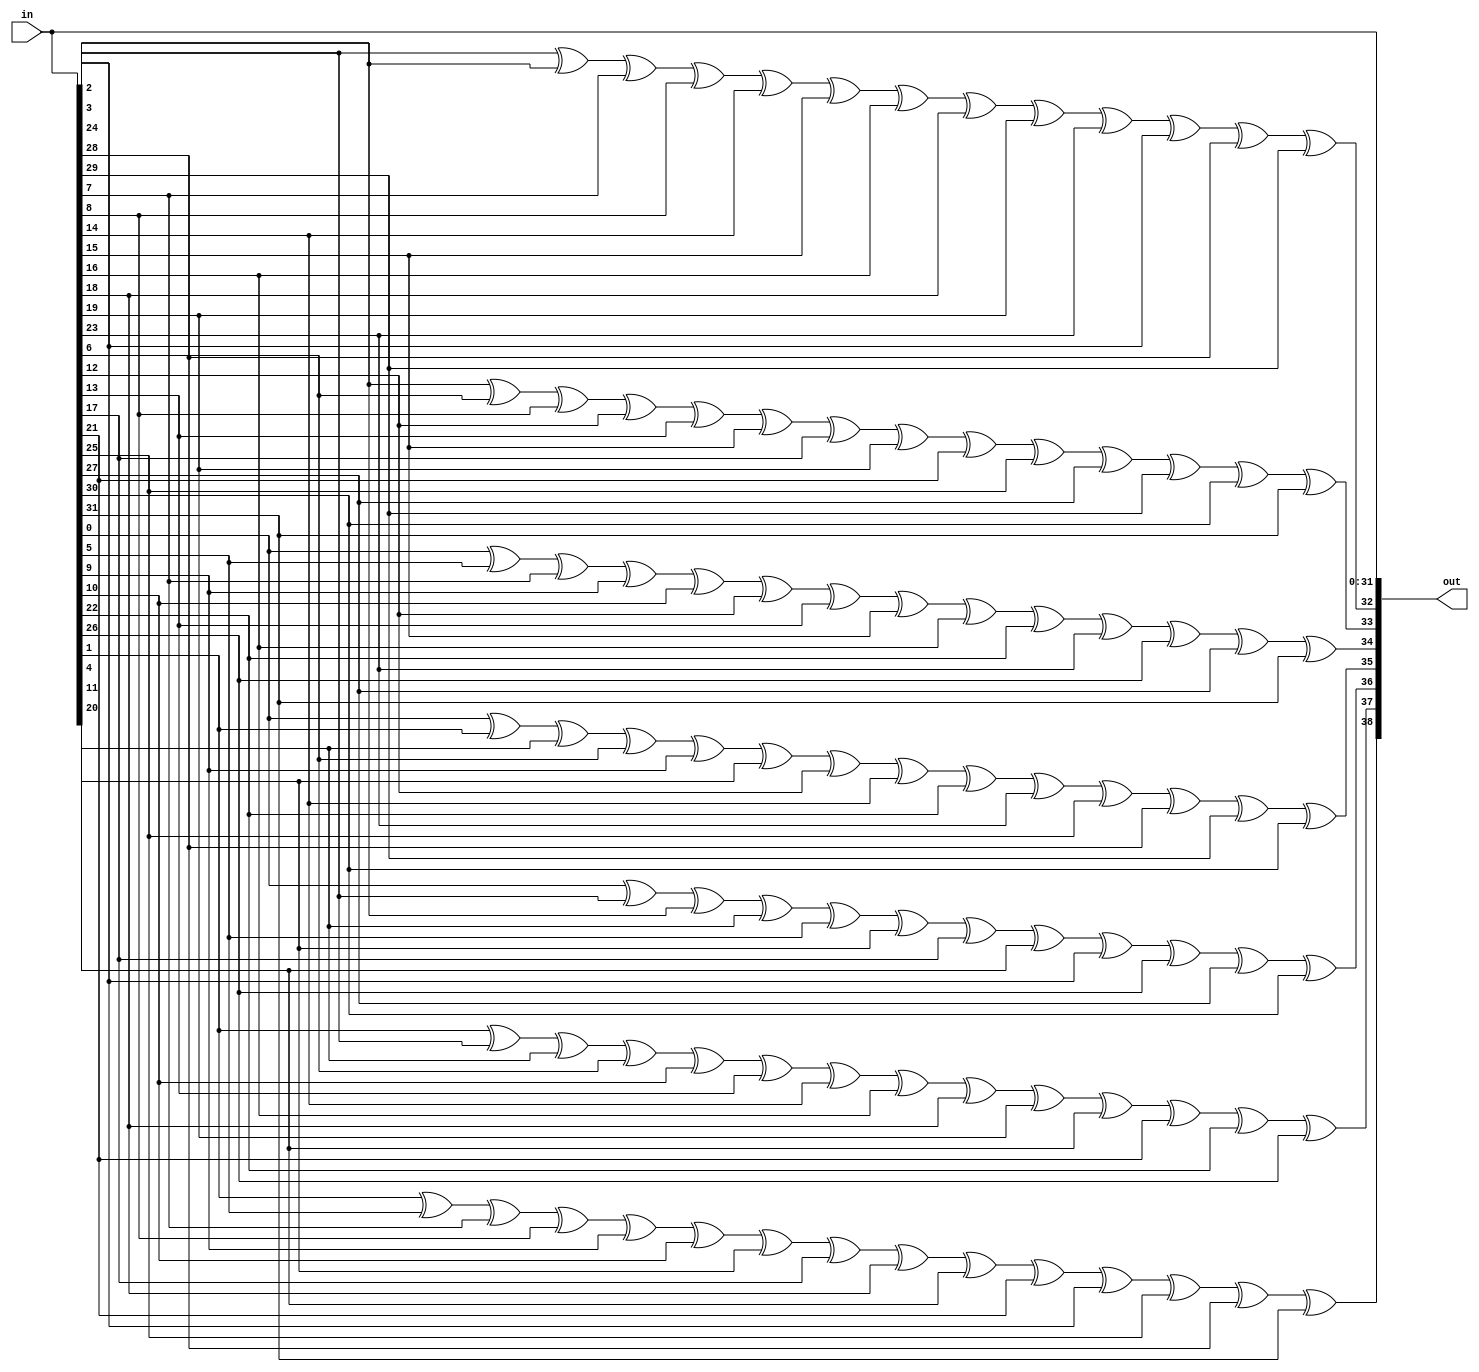
module prim_secded_39_32_enc (
	in,
	out
);
	input [31:0] in;
	output wire [38:0] out;
	assign out[0] = in[0];
	assign out[1] = in[1];
	assign out[2] = in[2];
	assign out[3] = in[3];
	assign out[4] = in[4];
	assign out[5] = in[5];
	assign out[6] = in[6];
	assign out[7] = in[7];
	assign out[8] = in[8];
	assign out[9] = in[9];
	assign out[10] = in[10];
	assign out[11] = in[11];
	assign out[12] = in[12];
	assign out[13] = in[13];
	assign out[14] = in[14];
	assign out[15] = in[15];
	assign out[16] = in[16];
	assign out[17] = in[17];
	assign out[18] = in[18];
	assign out[19] = in[19];
	assign out[20] = in[20];
	assign out[21] = in[21];
	assign out[22] = in[22];
	assign out[23] = in[23];
	assign out[24] = in[24];
	assign out[25] = in[25];
	assign out[26] = in[26];
	assign out[27] = in[27];
	assign out[28] = in[28];
	assign out[29] = in[29];
	assign out[30] = in[30];
	assign out[31] = in[31];
	assign out[32] = (((((((((((in[2] ^ in[3]) ^ in[7]) ^ in[8]) ^ in[14]) ^ in[15]) ^ in[16]) ^ in[18]) ^ in[19]) ^ in[23]) ^ in[24]) ^ in[28]) ^ in[29];
	assign out[33] = ((((((((((((in[3] ^ in[6]) ^ in[8]) ^ in[12]) ^ in[13]) ^ in[15]) ^ in[17]) ^ in[19]) ^ in[21]) ^ in[25]) ^ in[27]) ^ in[29]) ^ in[30]) ^ in[31];
	assign out[34] = ((((((((((((in[0] ^ in[5]) ^ in[7]) ^ in[9]) ^ in[10]) ^ in[12]) ^ in[13]) ^ in[15]) ^ in[16]) ^ in[22]) ^ in[23]) ^ in[26]) ^ in[27]) ^ in[31];
	assign out[35] = ((((((((((((in[0] ^ in[1]) ^ in[4]) ^ in[6]) ^ in[9]) ^ in[11]) ^ in[12]) ^ in[14]) ^ in[22]) ^ in[23]) ^ in[25]) ^ in[28]) ^ in[29]) ^ in[30];
	assign out[36] = ((((((((((in[0] ^ in[2]) ^ in[3]) ^ in[4]) ^ in[5]) ^ in[11]) ^ in[17]) ^ in[20]) ^ in[24]) ^ in[26]) ^ in[27]) ^ in[30];
	assign out[37] = ((((((((((((in[1] ^ in[2]) ^ in[4]) ^ in[6]) ^ in[10]) ^ in[13]) ^ in[14]) ^ in[16]) ^ in[18]) ^ in[19]) ^ in[20]) ^ in[21]) ^ in[22]) ^ in[26];
	assign out[38] = (((((((((((((in[1] ^ in[5]) ^ in[7]) ^ in[8]) ^ in[9]) ^ in[10]) ^ in[11]) ^ in[17]) ^ in[18]) ^ in[20]) ^ in[21]) ^ in[24]) ^ in[25]) ^ in[28]) ^ in[31];
endmodule